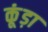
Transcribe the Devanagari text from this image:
कूंड़ा